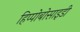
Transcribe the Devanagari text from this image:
हिप्पोबोसाइडी